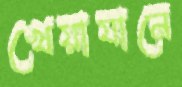
খেয়াযানে